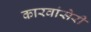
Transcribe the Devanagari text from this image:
कारवांसेरी